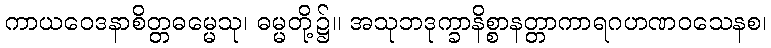
ကာယဝေဒနာစိတ္တဓမ္မေသု၊ ဓမ္မတို့၌။ အသုဘဒုက္ခာနိစ္စာနတ္တာကာရဂဟဏဝသေနစ၊